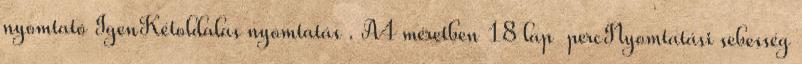
nyomtató IgenKétoldalas nyomtatás . A4 méretben 18 lap percNyomtatási sebesség